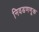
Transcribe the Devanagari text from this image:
निवडणणूक